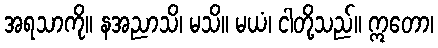
အရသာကို။ နအညာသိ၊ မသိ။ မယံ၊ ငါတို့သည်။ ဣတော၊